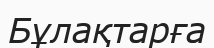
Бұлақтарға